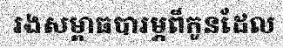
រងសម្ពាធបារម្ភពីកូនដែល